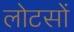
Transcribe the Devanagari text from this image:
लोटसों